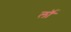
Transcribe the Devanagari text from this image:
लॉं